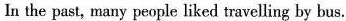
In the past, many people liked travelling by bus.